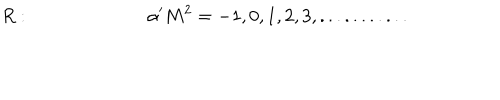
R : ~ \alpha ^ { \prime } M ^ { 2 } = - 1 , 0 , 1 , 2 , 3 , . . . . . . . . . . .